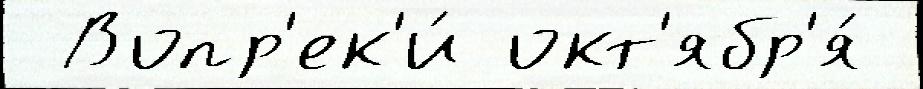
 Вопр'ек'и́ окт'ябр'я́